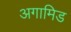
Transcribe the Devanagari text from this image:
अगामिड